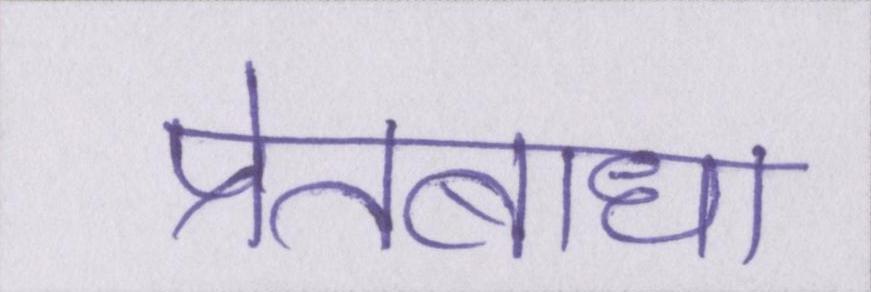
प्रेतबाधा